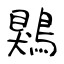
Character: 鶪